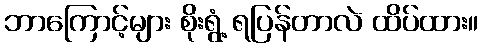
ဘာကြောင့်များ စိုးရွံ့ ရပြန်တာလဲ ထိပ်ထား။